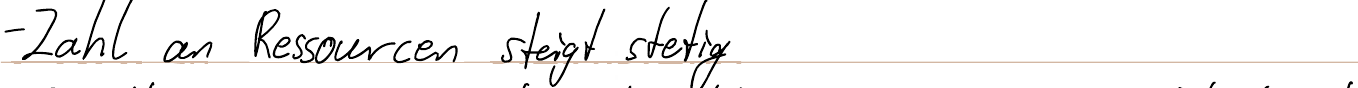
- Zahl an Ressourcen steigt stetig